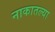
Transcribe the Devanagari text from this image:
नाकातल्या